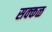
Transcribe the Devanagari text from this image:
सक्‍कळ